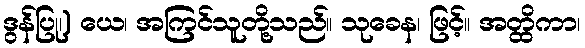
ဒွန်ပြု၊) ယေ၊ အကြင်သူတို့သည်။ သုခေန၊ ဖြင့်။ အတ္ထိကာ၊